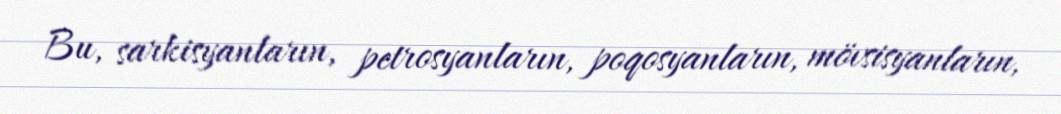
Bu, sarkisyanların, petrosyanların, poqosyanların, mövsisyanların,